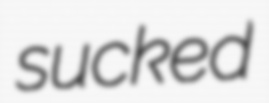
sucked